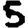
Digit: 5